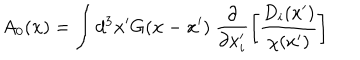
A _ { 0 } ( { \bf x } ) = \int d ^ { 3 } { \bf x } ^ { \prime } G ( { \bf x } - { \bf x } ^ { \prime } ) ~ \frac { \partial } { \partial x _ { i } ^ { \prime } } \left[ \frac { D _ { i } ( x ^ { \prime } ) } { \chi ( x ^ { \prime } ) } \right]